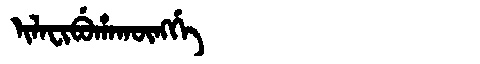
Manchu: ᡳᠯᠠᠸᡳᠪᡠᡥᠠᡴᡡᠩᡤᡝ
Romanization: ILAFIBUHAKŪNGGE